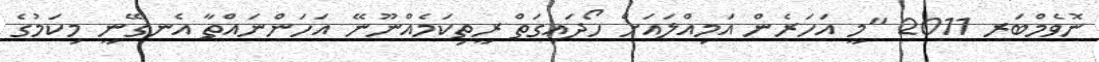
ނޮވެމްބަރ 2011 "މީ އަހަރެން އަމިއްލައަށް ހޯދައިގަތް ރީތިކަމެއްނޫނޭ އަހަންނައްތާ އެނގޭނީ މިކަމުގެ